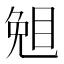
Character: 𥇅